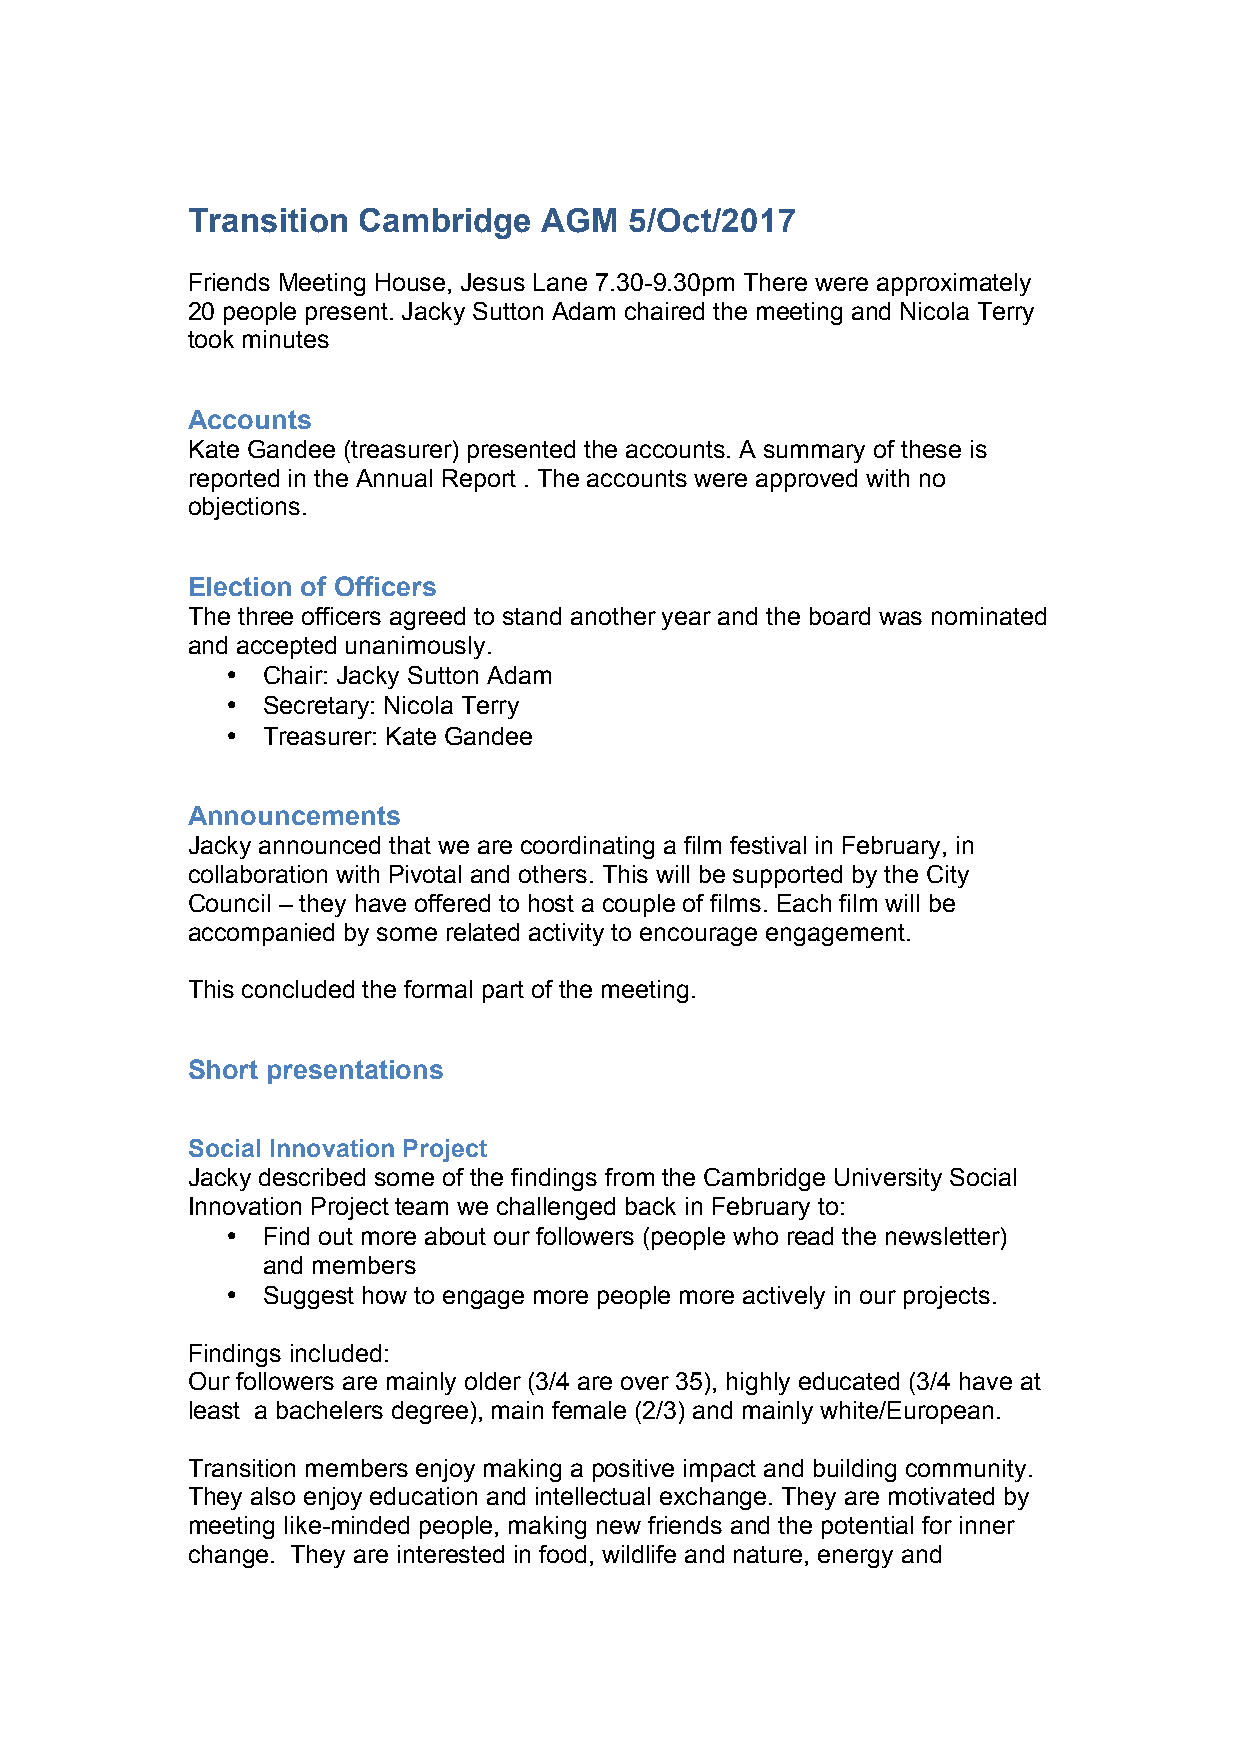
Transition  Cambridge   AGM   5/Oct/2017
 Friends Meeting House, Jesus Lane 7.30-9.30pm There were approximately
 20 people present. Jacky Sutton Adam chaired the meeting and Nicola Terry
 took minutes
 Accounts
 Kate Gandee (treasurer) presented the accounts. A summary of these is
 reported in the Annual Report . The accounts were approved with no
 objections.
 Election of Officers
 The three officers agreed to stand another year and the board was nominated
 and accepted unanimously.
 • Chair: Jacky Sutton Adam
 • Secretary: Nicola Terry
 • Treasurer: Kate Gandee
 Announcements
 Jacky announced that we are coordinating a film festival in February, in
 collaboration with Pivotal and others. This will be supported by the City
 Council – they have offered to host a couple of films. Each film will be
 accompanied by some related activity to encourage engagement.
 This concluded the formal part of the meeting.
 Short presentations
 Social Innovation Project
 Jacky described some of the findings from the Cambridge University Social
 Innovation Project team we challenged back in February to:
 • Find out more about our followers (people who read the newsletter)
 and members
 • Suggest how to engage more people more actively in our projects.
 Findings included:
 Our followers are mainly older (3/4 are over 35), highly educated (3/4 have at
 least a bachelers degree), main female (2/3) and mainly white/European.
 Transition members enjoy making a positive impact and building community.
 They also enjoy education and intellectual exchange. They are motivated by
 meeting like-minded people, making new friends and the potential for inner
 change. They are interested in food, wildlife and nature, energy and